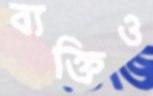
ব্যক্তিও